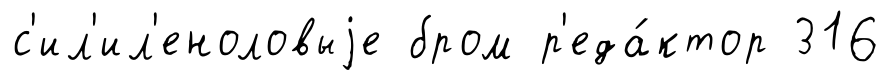
с'ил'ил'еноловыjе бром р'еда́ктор 316